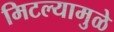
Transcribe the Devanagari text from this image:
मिटल्यामुळे